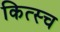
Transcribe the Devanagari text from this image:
कित्स्च